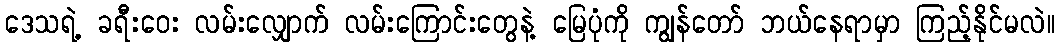
ဒေသရဲ့ ခရီးဝေး လမ်းလျှောက် လမ်းကြောင်းတွေနဲ့ မြေပုံကို ကျွန်တော် ဘယ်နေရာမှာ ကြည့်နိုင်မလဲ။